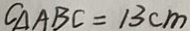
C _ { \Delta A B C } = 1 3 c m